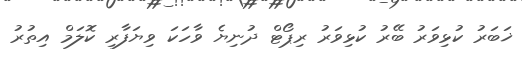
ޚަބަރު ކުޅިވަރު ބޭރު ކުޅިވަރު ރިޕޯޓް ދުނިޔެ ވާހަކަ ވިޔަފާރި ކޮލަމް އިތުރު